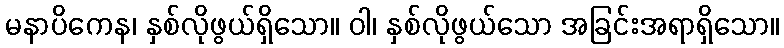
မနာပိကေန၊ နှစ်လိုဖွယ်ရှိသော။ ဝါ၊ နှစ်လိုဖွယ်သော အခြင်းအရာရှိသော။